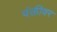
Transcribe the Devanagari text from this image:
पंक्तीवर